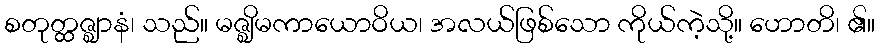
စတုတ္ထဇ္ဈာနံ၊ သည်။ မဇ္ဈိမကာယောဝိယ၊ အလယ်ဖြစ်သော ကိုယ်ကဲ့သို့။ ဟောတိ၊ ၏။